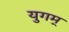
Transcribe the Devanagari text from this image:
युगम्